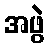
အဖွဲ